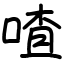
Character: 喳